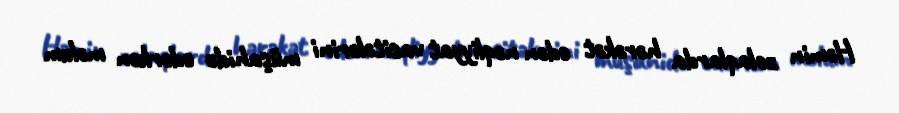
Həmin zolaqlarda hərəkət edən nəqliyyat vasitələrini müşahidə edərkən məlum